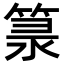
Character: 𥯐